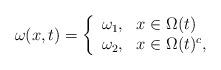
LaTeX: \begin{align*} \omega(x,t) = \left\{ \begin{array}{ll} \omega_1, \ \ x \in \Omega(t) \\ \omega_2, \ \ x \in \Omega(t) ^c, \\ \end{array} \right.\end{align*}